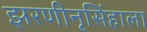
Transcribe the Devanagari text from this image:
झरणीनृसिंहाला